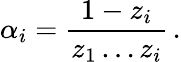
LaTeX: \alpha_{i}=\frac{1-z_{i}}{z_{1}\ldots z_{i}}\, .